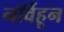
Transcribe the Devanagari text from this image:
नॉर्वेहून